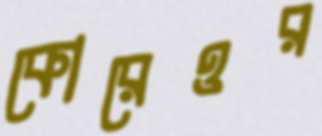
কোরেওর